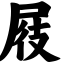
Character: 屐